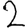
Digit: 2